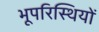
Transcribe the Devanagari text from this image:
भूपरिस्थियों